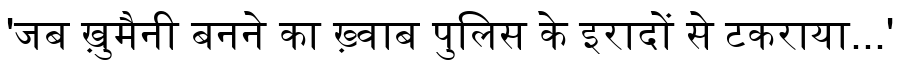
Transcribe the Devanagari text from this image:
'जब ख़ुमैनी बनने का ख़्वाब पुलिस के इरादों से टकराया...'